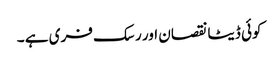
کوئی ڈیٹا نقصان اور رسک فری ہے ۔